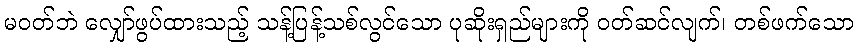
မဝတ်ဘဲ လျှော်ဖွပ်ထားသည့် သန့်ပြန့်သစ်လွင်သော ပုဆိုးရှည်များကို ဝတ်ဆင်လျက်၊ တစ်ဖက်သော